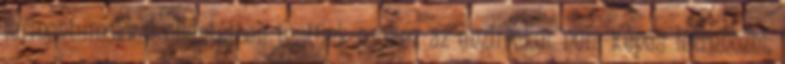
fermentumokkal ellentétben testünk ezekez az enzimeket nem képes létrehozni,